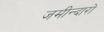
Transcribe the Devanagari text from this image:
जमीन्दारो